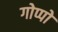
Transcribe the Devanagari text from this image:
गोप्पो